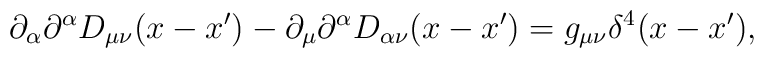
\partial _{\alpha }\partial ^{\alpha }D_{\mu \nu }(x-x^{\prime })-\partial_{\mu }\partial ^{\alpha }D_{\alpha \nu }(x-x^{\prime })=g_{\mu \nu }\delta^{4}(x-x^{\prime }),